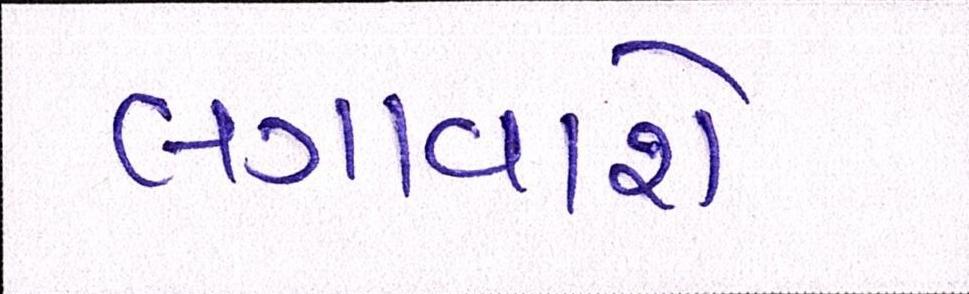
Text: લગાવાશે